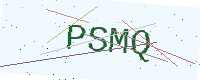
Text: PSMQ